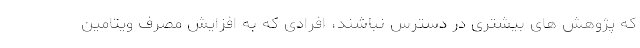
که پژوهش های بیشتری در دسترس نباشند، افرادی که به افزایش مصرف ویتامین